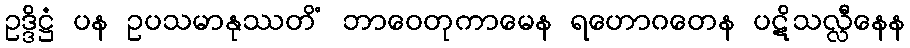
ဥဒ္ဒိဋ္ဌံ ပန ဥပသမာနုဿတိံ ဘာဝေတုကာမေန ရဟောဂတေန ပဋိသလ္လီနေန